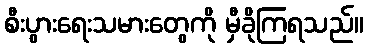
စီးပွားရေးသမားတွေကို မှီခိုကြရသည်။